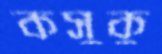
কসুকু